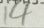
1 4